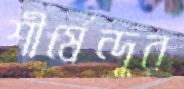
শীর্ষেন্দুর